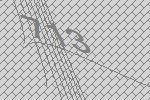
713